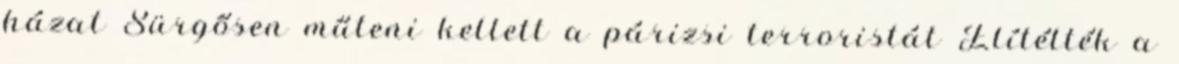
házat Sürgősen műteni kellett a párizsi terroristát Elítélték a